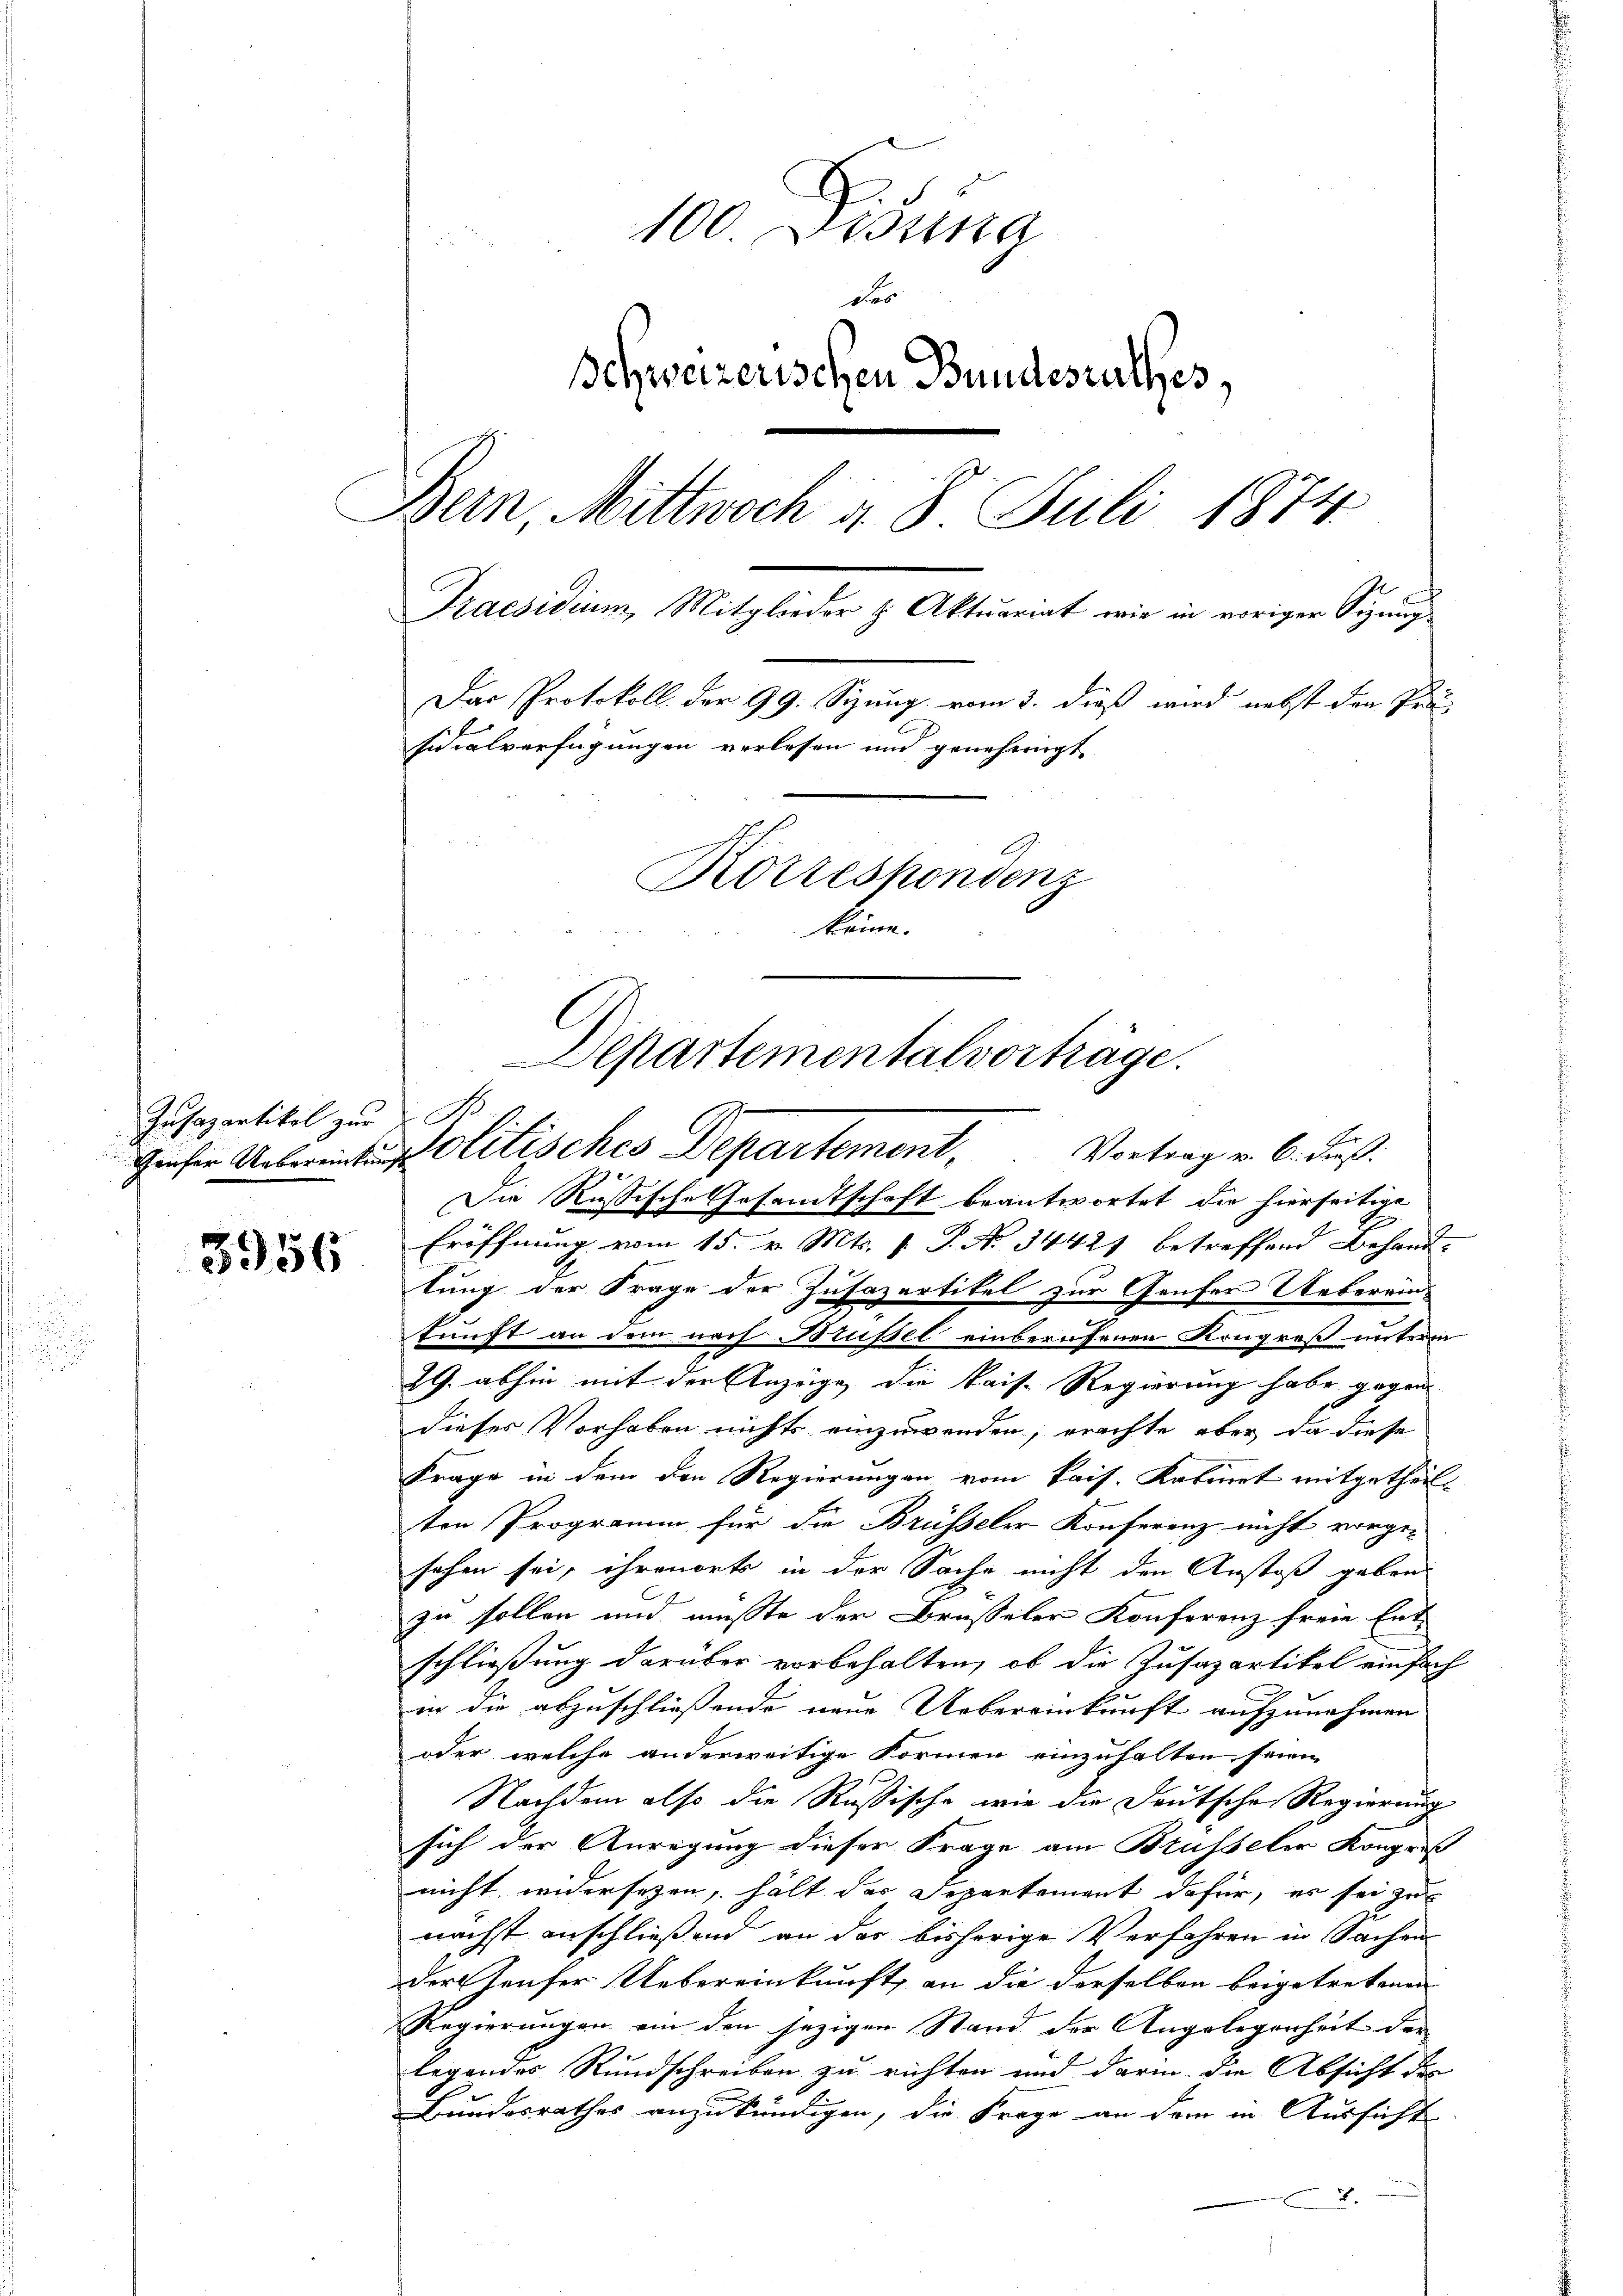
Iusapartikel zur I S.

3956

100. Disung
des
Schweizerischen Bundesrathes,
Bern, Mittwoch v. 8. Juli 1874.
Praesidium, Mitglieder & Aktuariat wie in voriger Signng
Das Protokoll der 99. Sizung vom 3. dieß wird nebst den Präsidialverfügungen verlesen und genehmigt
Korrespondenz
keine.

Die Russische Gesandtschaft beantwortet die hierseitige
Eröffnung vom 15. v. Mts. 1. P. No 34421 betreffend Behand-
tung der Frage der Zusazartikel zur Genfer Ueberein-
kunft an dem nach Brusel einberufenen Kongreß unterin
29. abhin mit der Anzeige, die kaise Regierung habe gegen
dieses Vorhaben nichts einzuwenden, erachte aber da diese
Frage in dem den Regierungen vom kais. Kabinet mitgetheilt
ten Programm für die Brüsseler Konferenz nicht vorge-
sehen sei, ihrenorts in der Sache nicht den Anstoß geben.
zu sollen und mußte der Brüsseler Konferenz freie Ent-
schließung darüber vorbehalten, ob die Zusazartikel einfach
in die abzuschließende neue Uebereinkunft aufzunehmen
oder welche anderweitige Formen einzuhalten seien |
Nachdem also die Rußische wie die Deutsche Regierung
sich der Anregung dieser Frage am Brüsseler Kongreß
nicht widersezen, hält des Departement dafür, es sei zu
nächst anschließend an der bisherige Verfahren in Sachen
Der Genfer Uebereinkunft, an die derselben beigetretenen
Regierungen ein den jezigen Stand der Angelegenheit der
legendes Rundschreiben zu richten und darin die Absicht der
Bundesrathes anzukündigen, die Frage an dem in Aussicht
.

Departementalvorträge.
Dieser Uebereitung Olitisches Departement, Vortrag v. 6. Fuß.